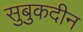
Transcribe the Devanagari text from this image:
सुबुकदीन